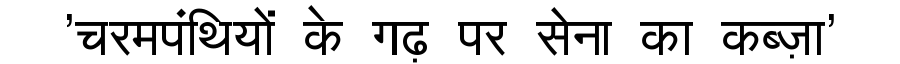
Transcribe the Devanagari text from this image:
'चरमपंथियों के गढ़ पर सेना का कब्ज़ा'